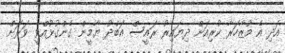
އަދި އެ މުޒާހަރާ ކުރިއަށް ދިޔައިރު ރައީސް އަބްދު ޔާމީން ގެންގުޅުއްވީ ވަރަށް